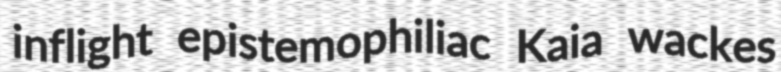
inflight epistemophiliac Kaia wackes